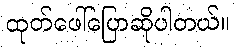
ထုတ်ဖေါ်ပြောဆိုပါတယ်။